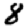
Digit: 8